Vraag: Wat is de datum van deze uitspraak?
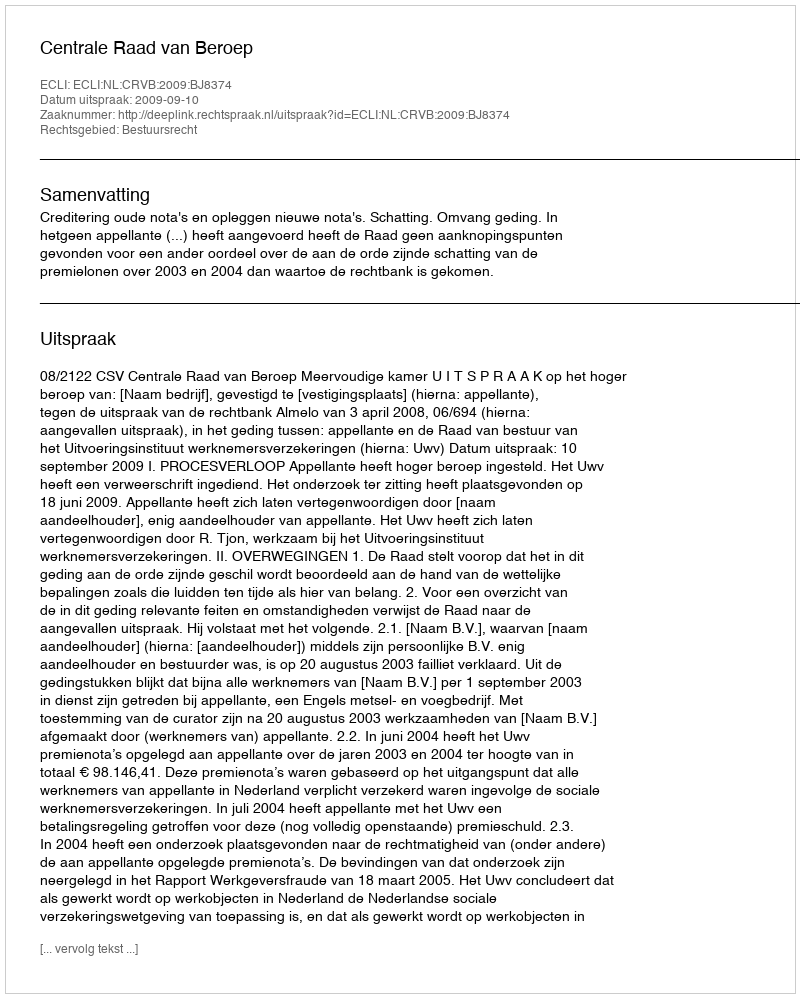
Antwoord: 2009-09-10